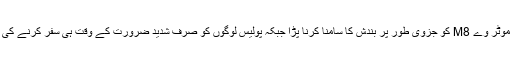
ملک کے مصروف ترین موٹر وے M8 کو جزوی طور پر بندش کا سامنا کرنا پڑا جبکہ پولیس لوگوں کو صرف شدید ضرورت کے وقت ہی سفر کرنے کی ہدایات جاری کرتی رہی۔